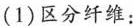
（1）区分纤维：